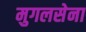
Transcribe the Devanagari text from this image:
मुगलसेना